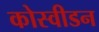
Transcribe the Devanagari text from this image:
कोस्वीडन